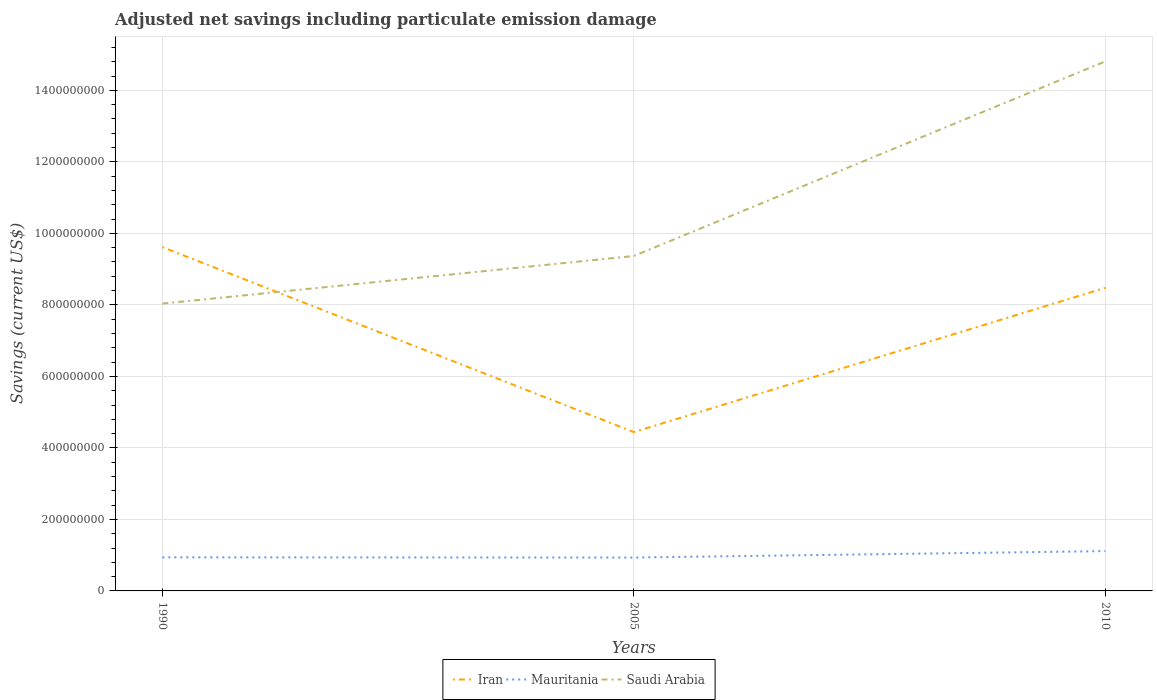
| Years | Iran | Mauritania | Saudi Arabia |
 | --- | --- | --- | --- |
 | 1990 | 9.62e+08 | 9.39e+07 | 8.04e+08 |
 | 2005 | 4.44e+08 | 9.34e+07 | 9.37e+08 |
 | 2010 | 8.48e+08 | 1.11e+08 | 1.48e+09 |